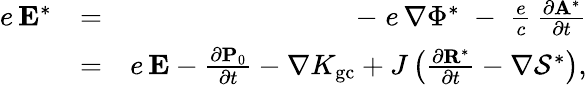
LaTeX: \begin{array}{rlr}{e\, {\mathbf E}^{*}}&{=}&{-\; e\, \nabla\Phi^{*}\; -\; \frac{e}{c}\, \frac{\partial{\mathbf A}^{*}}{\partial t}}\\ &{=}&{e\, {\mathbf E}-\frac{\partial{\mathbf P}_{0}}{\partial t}-\nabla K_{\mathrm{gc}}+J\left(\frac{\partial{\mathbf R}^{*}}{\partial t}-\nabla{\cal S}^{*}\right),}\end{array}